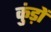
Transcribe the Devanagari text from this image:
कुंड़ों